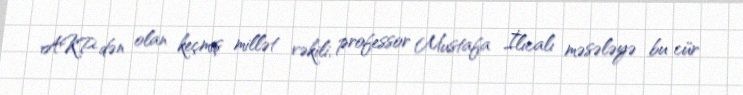
AKP-dən olan keçmiş millət vəkili, professor Mustafa İlıcalı məsələyə bu cür